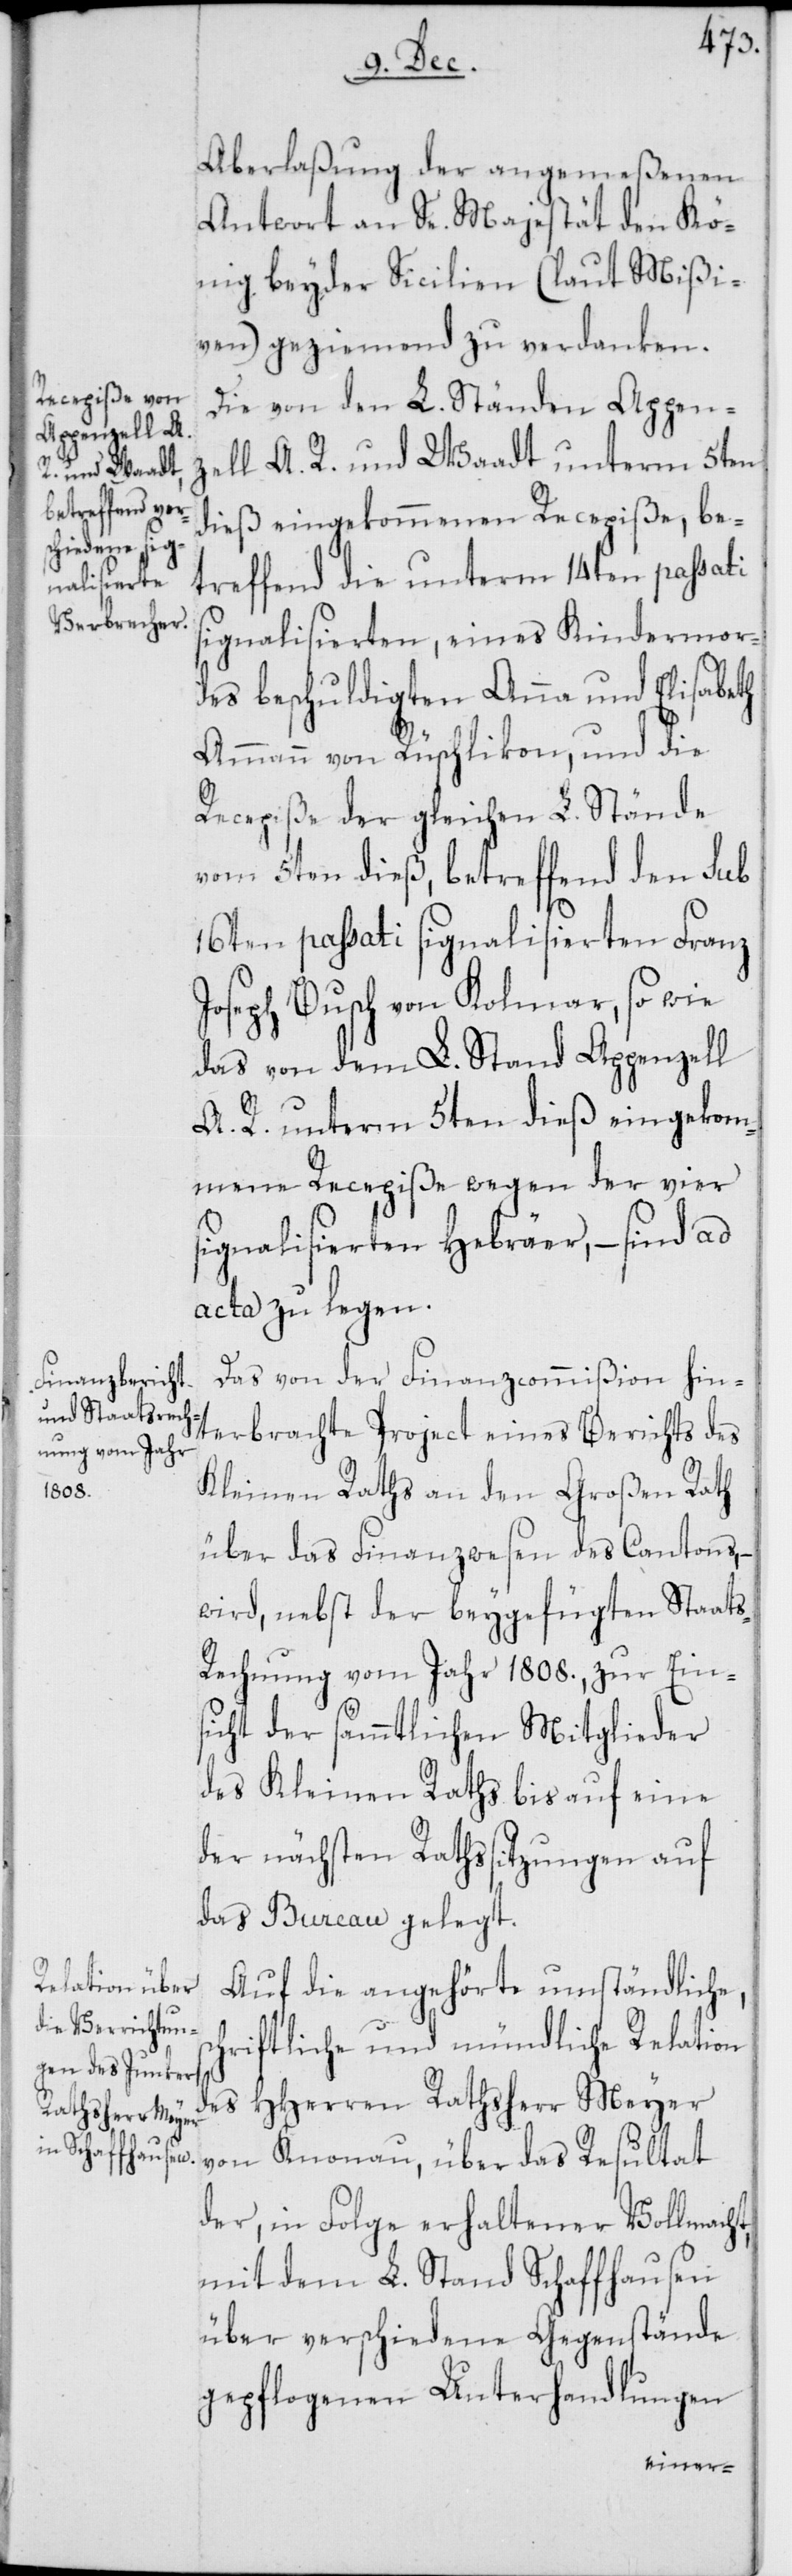
s¬
Aberlaßung der angemeßenen
Antwort an Se. Majestät den Kö¬
nig beyder Sicilien (laut Mißi¬
ven) geziemend zu verdanken.
Die von den L. Ständen Appen¬
zell A. R. und Waadt unterm 5ten
dieß eingekommenen Recepiße, be¬
treffend die unterm 14ten passati
signalisierten, eines Kindermor¬
des beschuldigten Anna und Elisabeth
Ammann von Rüschlikon, und die
Recepiße der gleichen L. Stände
vom 5ten dieß, betreffend den sub
16ten passati signalisierten Franz
Joseph Busch von Kolmar, so wie
das von dem L. Stand Appenzell
A. R. unterm 5ten dieß eingekom¬
mene Recepiße wegen der vier
signalisierten Hebräer, – sind ad
acta zu legen.
Das von der Finanzcommißion hin¬
terbrachte Project eines Berichts des
Kleinen Raths an den Großen Rath
über das Finanzwesen des Cantons, –
wird, nebst der beygefügten Staat¬
s-Rechnung vom Jahr 1808., zur Ein¬
sicht der sämmtlichen Mitglieder
des Kleinen Raths bis auf eine
der nächsten Rathssitzungen auf
das Bureau gelegt.
Auf die angehörte umständliche,
chriftliche und mündliche Relation
des HHerren Rathsherr Meyer
von Knonau, über das Resultat
der, in Folge erhaltener Vollmacht,
mit dem L. Stand Schaffhausen
über verschiedene Gegenstände
gepflogenen Unterhandlungen